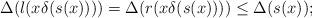
LaTeX: \begin{align*}\Delta(l(x\delta(s(x))))=\Delta(r(x\delta(s(x))))\leq \Delta(s(x)); \end{align*}